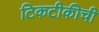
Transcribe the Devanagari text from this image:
टिकटीकीची